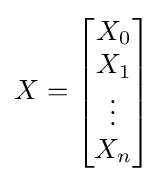
X={\begin{bmatrix}X_{0}\\X_{1}\\\vdots \\X_{n}\end{bmatrix}}